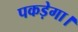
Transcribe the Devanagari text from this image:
पकड़ेगा।